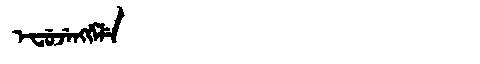
Manchu: ᡝᠸᡠᠵᡝᠩᡤᡝᠯᡝ
Romanization: EFUJENGGELE